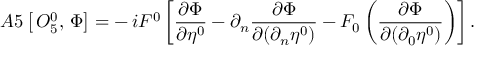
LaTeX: A 5 \left[ \, { \cal O } _ { 5 } ^ { 0 } , \, \Phi \right] = - \, i F ^ { 0 } \left[ \frac { \partial \Phi } { \partial \eta ^ { 0 } } - \partial _ { n } \frac { \partial \Phi } { \partial ( \partial _ { n } \eta ^ { 0 } ) } - { \cal F } _ { 0 } \left( \frac { \partial \Phi } { \partial ( \partial _ { 0 } \eta ^ { 0 } ) } \right) \right] .